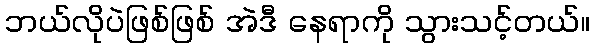
ဘယ်လိုပဲဖြစ်ဖြစ် အဲဒီ နေရာကို သွားသင့်တယ်။